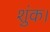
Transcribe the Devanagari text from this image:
शुंक।